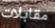
مقابلات